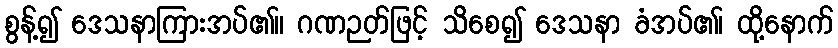
စွန့်၍ ဒေသနာကြားအပ်၏။ ဂဏဉတ်ဖြင့် သိစေ၍ ဒေသနာ ခံအပ်၏၊ ထို့နောက်